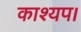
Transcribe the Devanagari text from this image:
काश्यप।